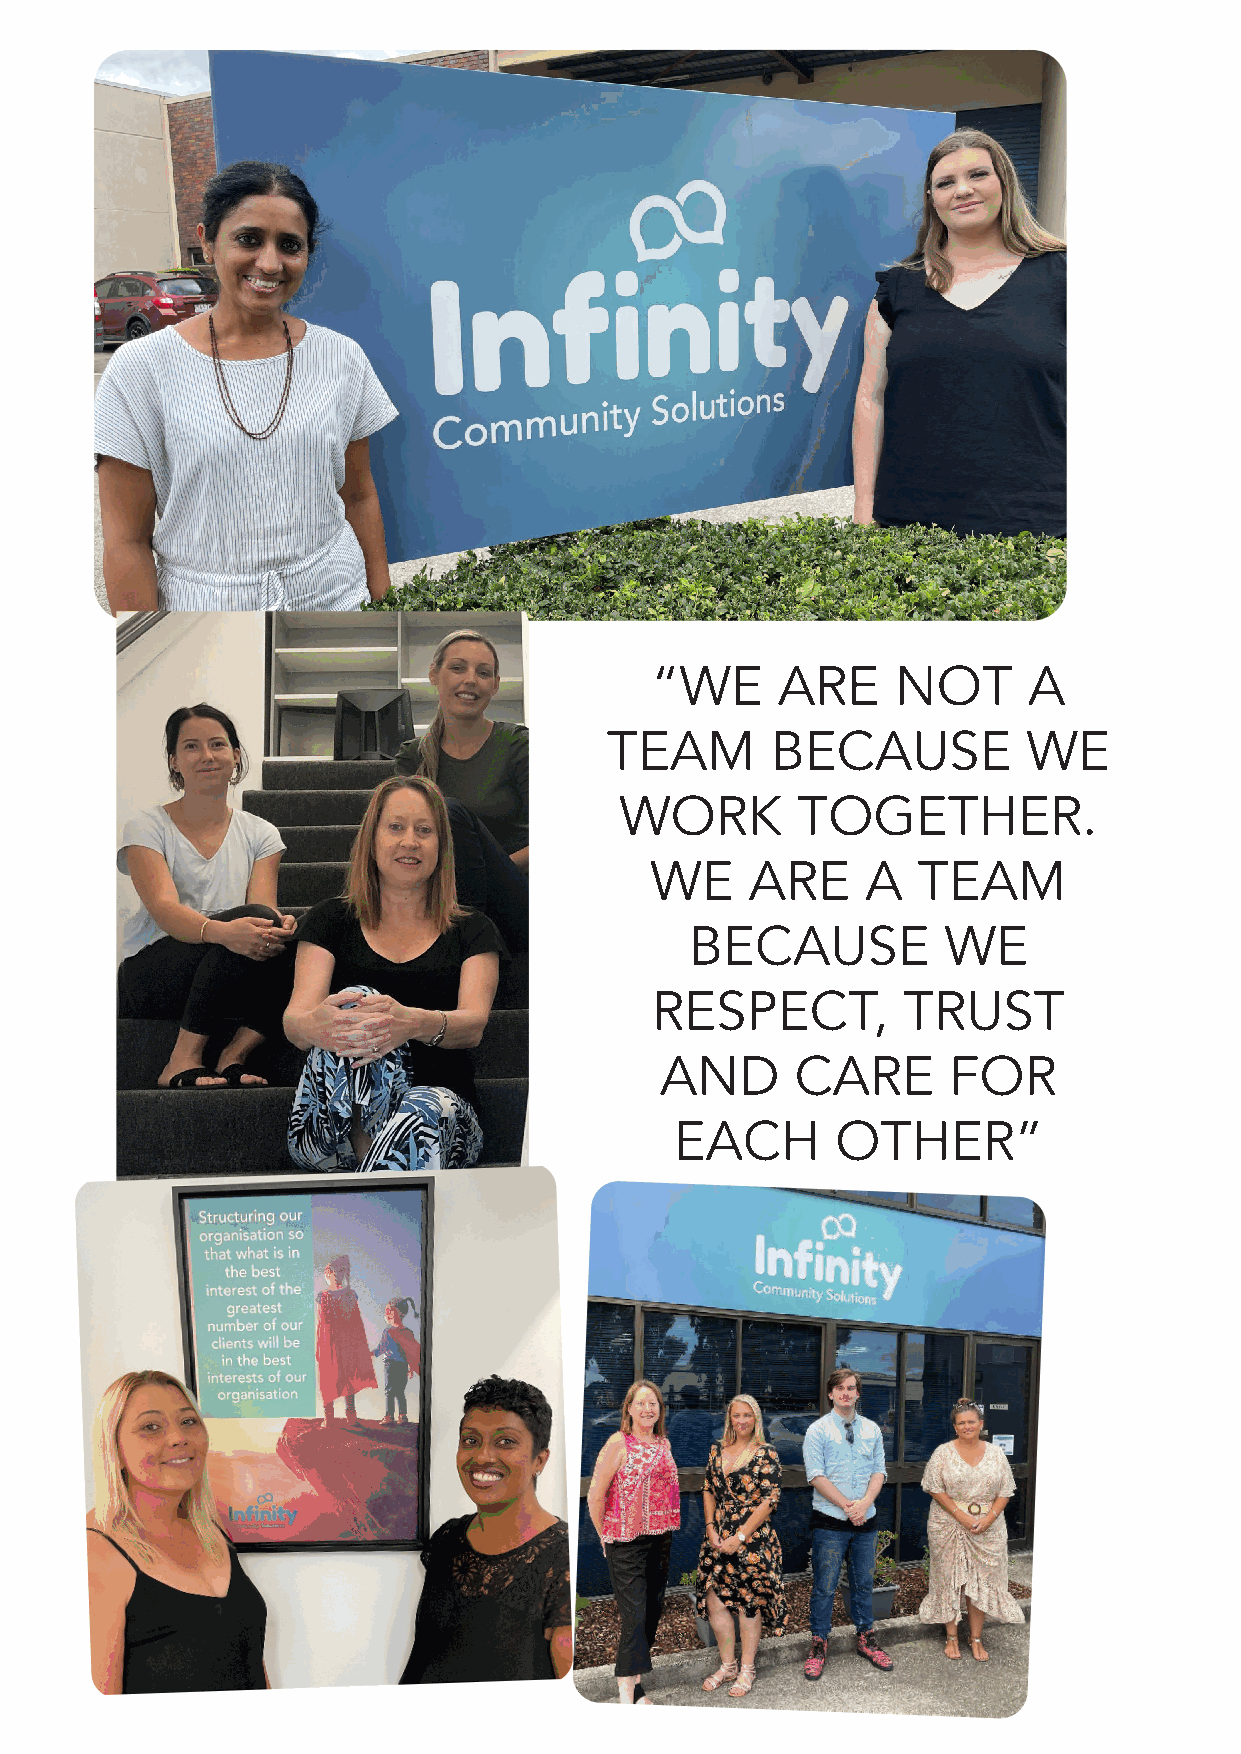
“WE     ARE     NOT      A
 TEAM       BECAUSE          WE
 WORK        TOGETHER�
 WE     ARE    A   TEAM
 BECAUSE          WE
 RESPECT,         TRUST
 AND      CARE      FOR
 EACH      OTHER”
 Page
 9